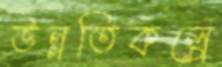
উন্নতিকল্পে